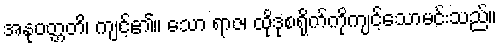
အနုဝတ္တတိ၊ ကျင့်၏။ သော ရာဇ၊ ထိုဒုစရိုက်ကိုကျင့်သောမင်းသည်။